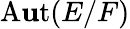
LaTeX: \operatorname{A\mathbf{u}t}(E/F)